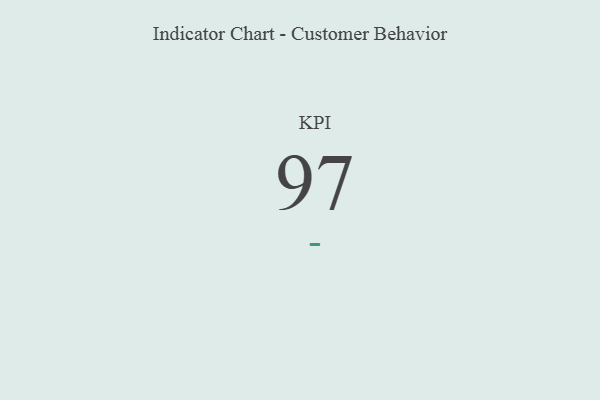
{"axis": {"x": "KPI", "y": "Value"}, "legend": [""], "data": [{"x": "KPI", "y": 97, "type": ""}]}